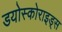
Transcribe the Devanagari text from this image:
डयोस्कोराइड्स